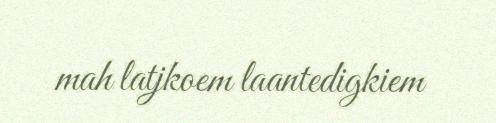
mah latjkoem laantedigkiem